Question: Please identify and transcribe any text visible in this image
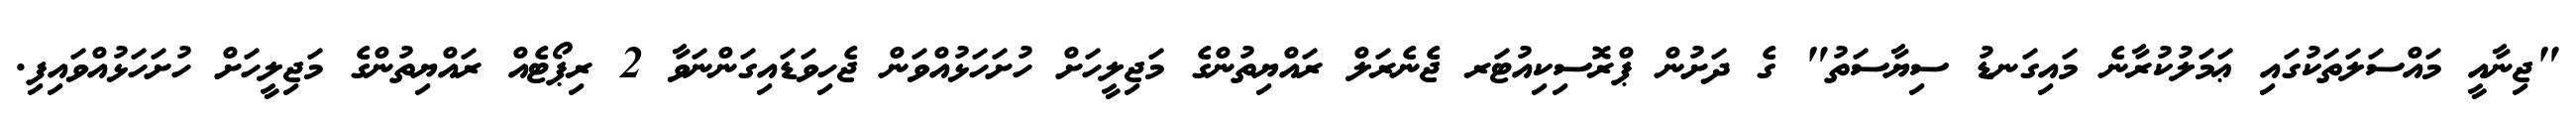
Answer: "ޖިނާއީ މައްސަލަތަކުގައި ޢަމަލުކުރާނެ މައިގަނޑު ސިޔާސަތު" ގެ ދަށުން ޕްރޮސިކިއުޓަރ ޖެނެރަލް ރައްޔިތުންގެ މަޖިލީހަށް ހުށަހަޅުއްވަން ޖެހިވަޑައިގަންނަވާ 2 ރިޕޯޓެއް ރައްޔިތުންގެ މަޖިލީހަށް ހުށަހަޅުއްވައިފި.